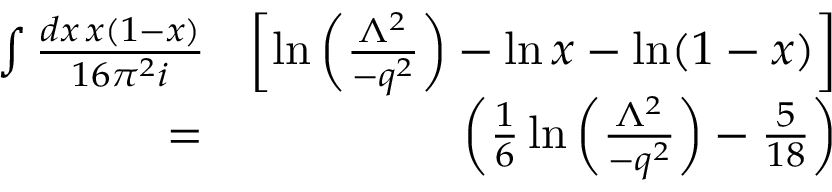
\begin{array} { r l r } { \int { \frac { d x \, x ( 1 - x ) } { 1 6 \pi ^ { 2 } i } } \! \! \! \! \! \! \! \! \! \! \! } & { } & { \left[ \ln \left( \frac { \Lambda ^ { 2 } } { - q ^ { 2 } } \right) - \ln x - \ln ( 1 - x ) \right] } \\ & { = } & { \left( \frac 1 6 \ln \left( \frac { \Lambda ^ { 2 } } { - q ^ { 2 } } \right) - \frac { 5 } { 1 8 } \right) } \end{array}